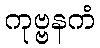
ကုဗ္ဗနကံ